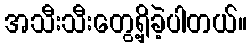
အသီးသီးတွေ့ရှိခဲ့ပါတယ်။